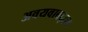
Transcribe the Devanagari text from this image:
अवयवाबद्दल